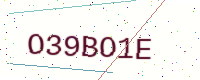
Text: O39BO1E